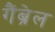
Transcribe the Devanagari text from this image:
गैंब्रेल